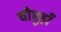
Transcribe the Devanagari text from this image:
चौमुहाँ